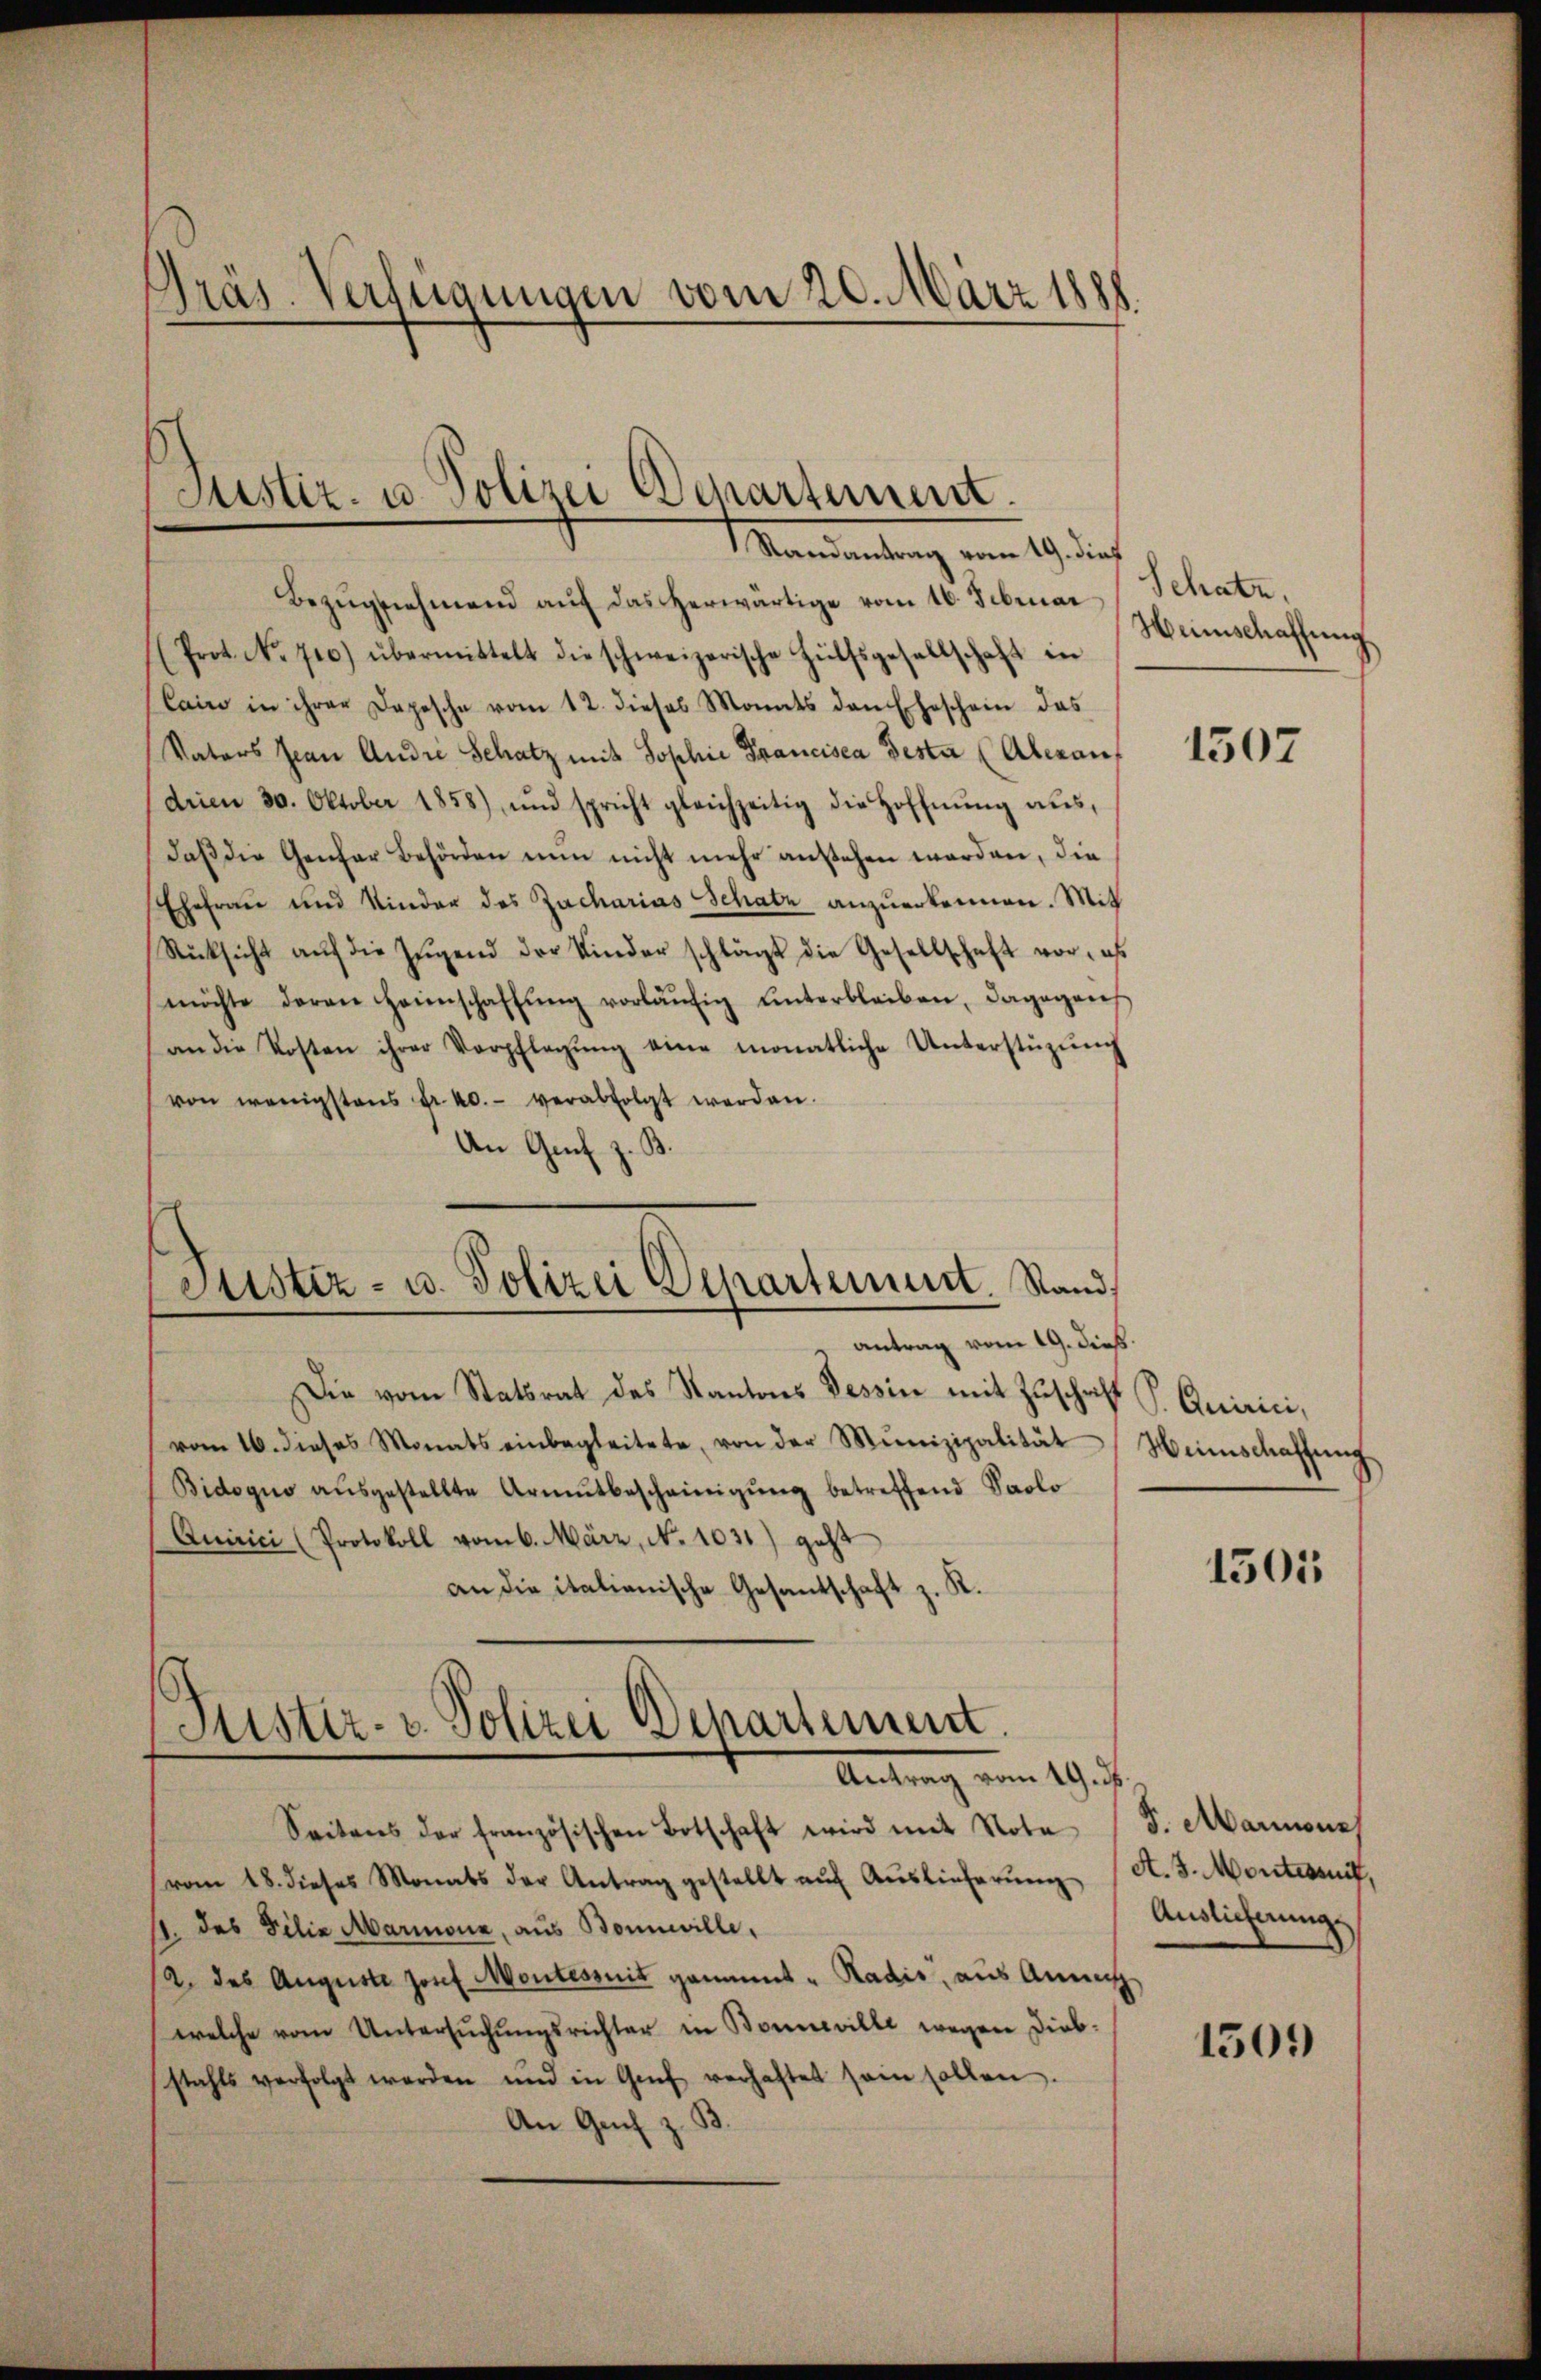
Präs. Verfügungen vom 20. März 1888.

Justiz- u. Polizei Departement.
Randantrag vom 19. dieß

Bezŭgnehmend aŭf das herwärtige vom 16. Februar
(Prot. No. 710.) übermittelt die schweizerische Hülfsgesellschaft in
Cairo in ihrer Depesche vom 12. dieses Monats den Eheschein das
Vators Jean Andre Schatz mit Sophie Francisca Gesta (Alerauf
drien 30. Oktober 1858) und spricht gleichzeitig die Hoffnŭng aŭs,
daβ die Genfer Behörden nun nicht mehr anstehen worden, die
Ehefrau und Kinder des Zacharias Schatz anzuerkennen. Mit
Rücksicht aŭf die Zŭgend der Kinder schlägt die Gesellschaft vor, es
möchte daran heimschaffŭng vorläŭfig unterbleiben, dagegens
an die Kosten ihrer Verpflegŭng eine monatliche Unterstüzung
von wenigstens fr. 40. verabfolgt werden.
An Genf z. B.
Justiz- u. Polizei Departement. Stand,
" Antrag vom 19. dieb.
Die vom Statsrat des Kantons Tessin mit Zŭschaft P. Quirici,
vom 16. dieses Monats einbegleitete, von der Munizipalität Weinschaffŭng
Bidoquo aŭsgestellte Armŭtbescheinigŭng betreffend Solo
Quirici (Protokoll vom 6. März, N. 1031) geht
an die italianische Gesandschaft v. K.
5

Justiz- u. Polizei Departement.
Antrag vom 19. ds.

Seitens der französischen Botschaft wird mit Note (S. Marmonas
vom 18. dieses Monats der Antrag gestellt aŭf Aŭslieferŭng (S. 3. Montersuch.
11. des Filia Marmona, aus Bonnwille.
/A. des Auguste Josef Montesseit gement - Radis, aus Annah
welche vom Untersŭchŭngsrichter in Bonneville wegen Diebstahls verfolgt werden und in Genf verhaftet sein sollen.
An Genf z. B.

Schatz.
Heinschaffung

1507

1505

Auslieferungs

1509